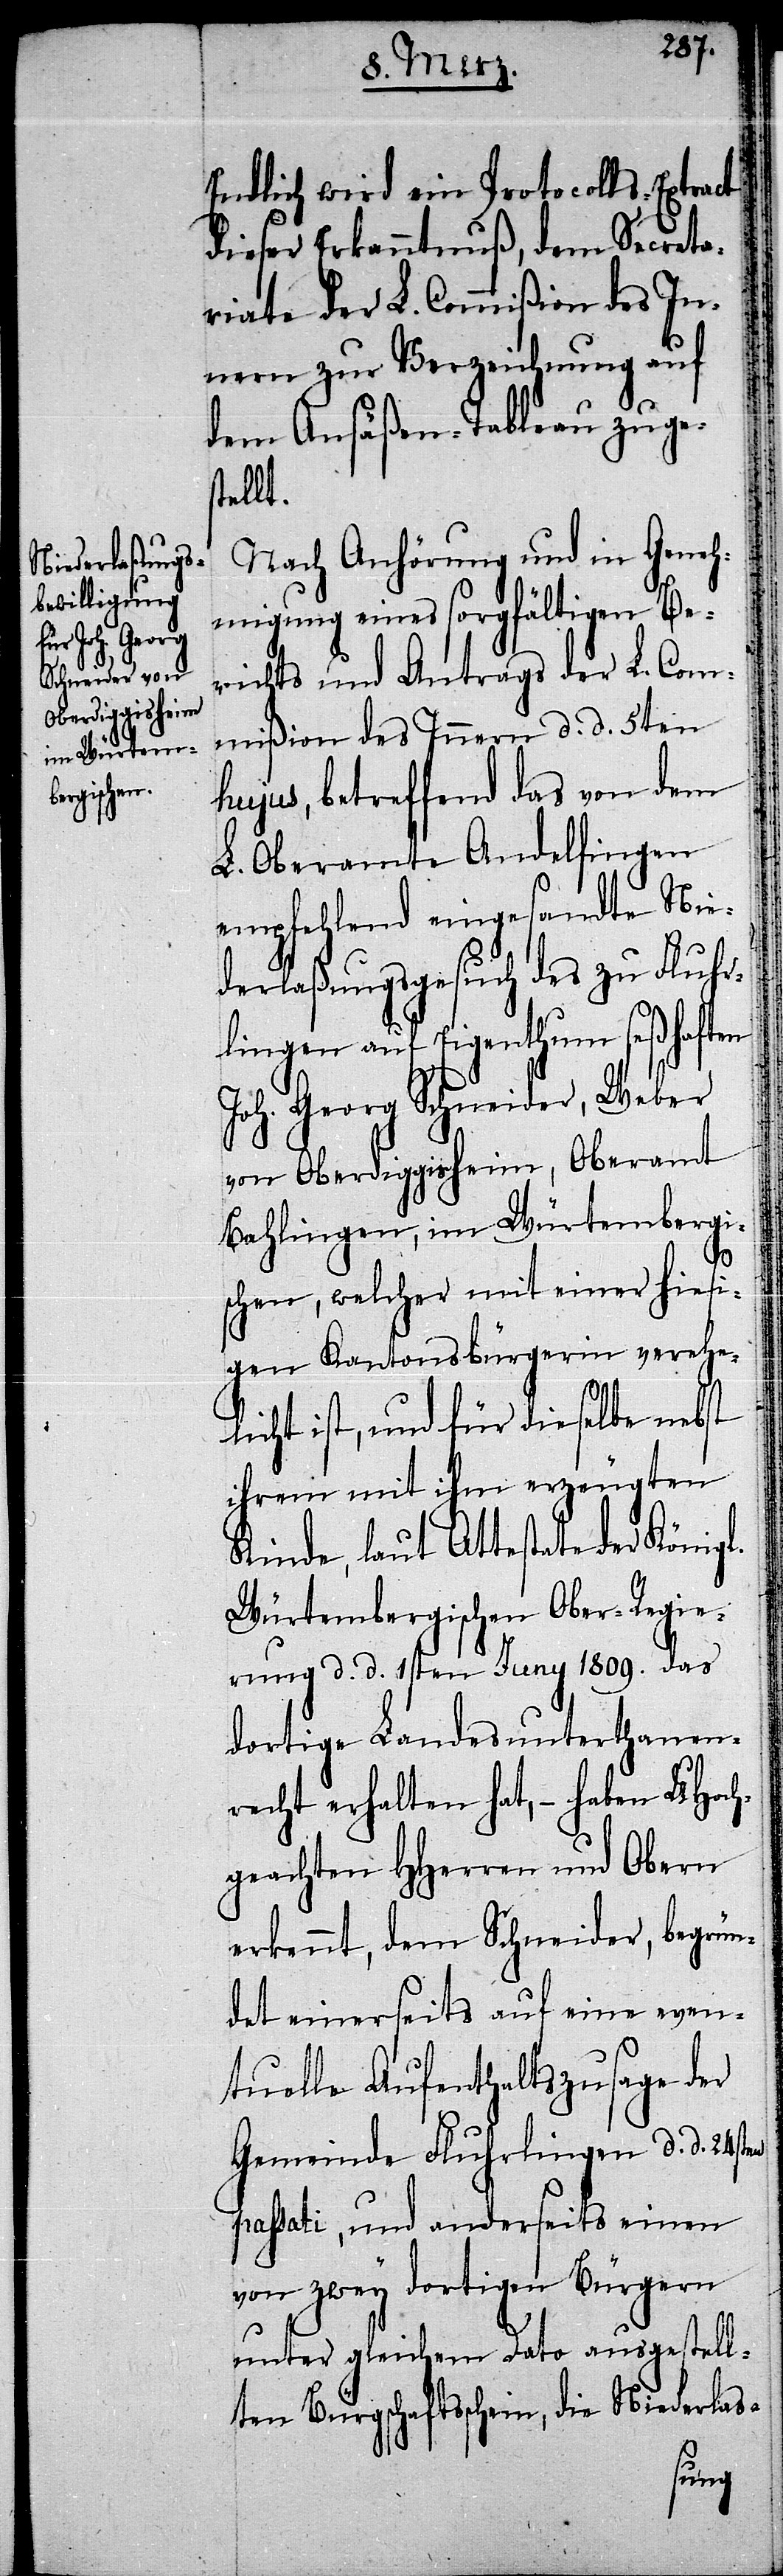
Endlich wird ein Protocolls-Extract
dieser Erkanntnuß, dem Secreta¬
riate der L. Commißion des In¬
nern zur Verzeichnung auf
dem Ansäßen-Tableau zuge¬
stellt.
Nach Anhörung und in Geneh¬
migung eines sorgfältigen Be¬
richts und Antrags der L. Com¬
mißion des Innern d. d. 5ten
hujus, betreffend das von dem
L. Oberamte Andelfingen
empfehlend eingesandte Nie¬
derlaßungsgesuch des zu Fluhr¬
lingen auf Eigenthum seßhaften
Joh. Georg Schneider, Weber
von Oberdiggisheim, Oberamt
Bahlingen, im Würtembergi¬
schen, welcher mit einer hiesi¬
gen Kantonsbürgerin verehe¬
licht ist, und für dieselbe nebst
ihrem mit ihm erzeugten
Kinde, laut Attestate der Königl.
Würtembergischen Ober-Regie¬
rung d. d. 1sten Juny 1809. das
dortige Landesunterthanen¬
recht erhalten hat, – haben UHoch¬
geachten HHerren und Obern
erkennt, dem Schneider, begrün¬
det einerseits auf eine even¬
tuelle Aufenthaltszusage der
Gemeinde Fluhrlingen d. d. 24sten
passati, und anderseits einen
von zwey dortigen Bürgern
unter gleichem Dato ausgestell¬
ten Bürgschaftsschein, die Niederlas-